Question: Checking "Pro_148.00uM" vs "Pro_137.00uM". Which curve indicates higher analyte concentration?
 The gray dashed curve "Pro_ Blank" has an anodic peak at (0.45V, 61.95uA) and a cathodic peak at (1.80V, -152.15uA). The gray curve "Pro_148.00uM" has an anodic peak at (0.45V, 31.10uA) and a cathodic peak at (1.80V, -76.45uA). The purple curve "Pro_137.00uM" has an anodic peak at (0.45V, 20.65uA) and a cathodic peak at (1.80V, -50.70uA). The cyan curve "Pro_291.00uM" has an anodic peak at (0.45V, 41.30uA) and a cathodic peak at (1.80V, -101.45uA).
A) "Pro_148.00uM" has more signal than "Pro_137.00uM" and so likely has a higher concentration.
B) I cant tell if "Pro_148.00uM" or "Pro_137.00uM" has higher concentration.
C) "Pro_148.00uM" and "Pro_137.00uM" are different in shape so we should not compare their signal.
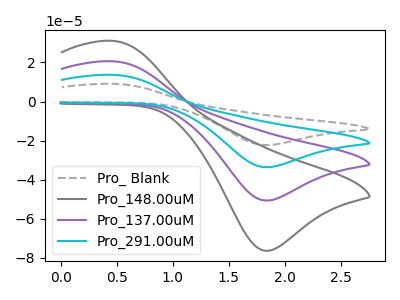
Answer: <think>All the peaks in "Pro_148.00uM" have a peak in "Pro_137.00uM" at the same potential. Every peak in "Pro_148.00uM" is higher than every peak in "Pro_137.00uM".
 </think>
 <answer>A) "Pro_148.00uM" has more signal than "Pro_137.00uM" and so likely has a higher concentration.</answer>
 <eval>A</eval>